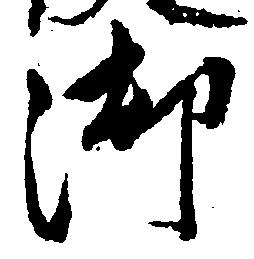
御